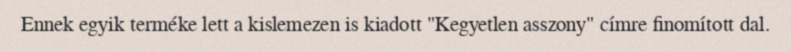
Ennek egyik terméke lett a kislemezen is kiadott "Kegyetlen asszony" címre finomított dal.